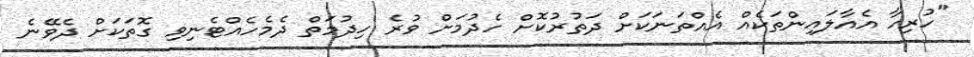
"ހުރިހާ އެއާލައިންތަކެއް އެއްތަނަކަށް ދަތުރުކޮށް ހެދުމަށް ވުރެ ހިދުމަތް ދެމެހެއްޓެނިވި ގޮތަކަށް ދެވޭނެ